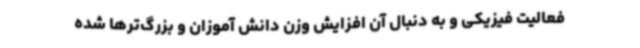
فعالیت فیزیکی و به دنبال آن افزایش وزن دانش آموزان و بزرگ‌ترها شده